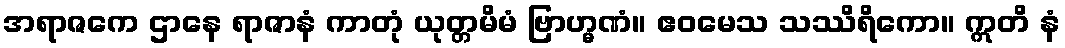
အရာဇကေ ဌာနေ ရာဇာနံ ကာတုံ ယုတ္တမိမံ ဗြာဟ္မဏံ။ ဧဝမေသ သဿိရိကော။ ဣတိ နံ